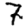
Digit: 7